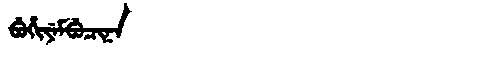
Manchu: ᠪᡠᡥᡳᠶᡝᠮᠪᡠᠴᡳᠨᠠ
Romanization: BUHIYEMBUCINA